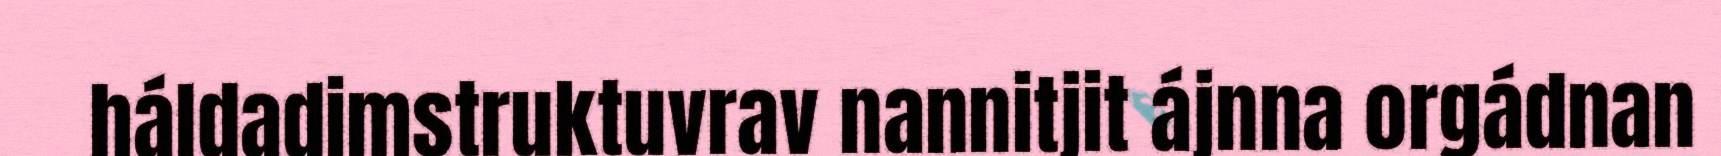
háldadimstruktuvrav nannitjit ájnna orgádnan